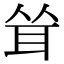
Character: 耸